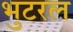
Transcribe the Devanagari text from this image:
भुटरल